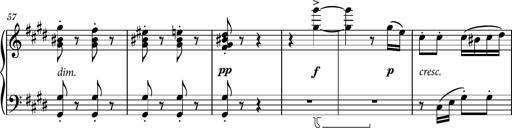
Title: Piano Sonatina No.7
Composer: Dimitri Sykias
Key: G major